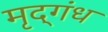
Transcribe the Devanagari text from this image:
मृद्‌गंध